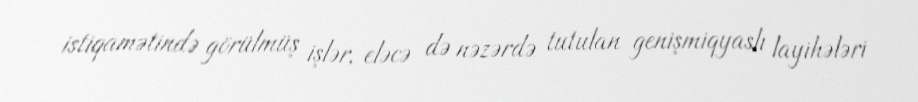
istiqamətində görülmüş işlər, eləcə də nəzərdə tutulan genişmiqyaslı layihələri